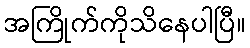
အကြိုက်ကိုသိနေပါပြီ။